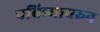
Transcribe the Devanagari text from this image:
पवित्र्यावरुन